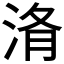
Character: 𭰧